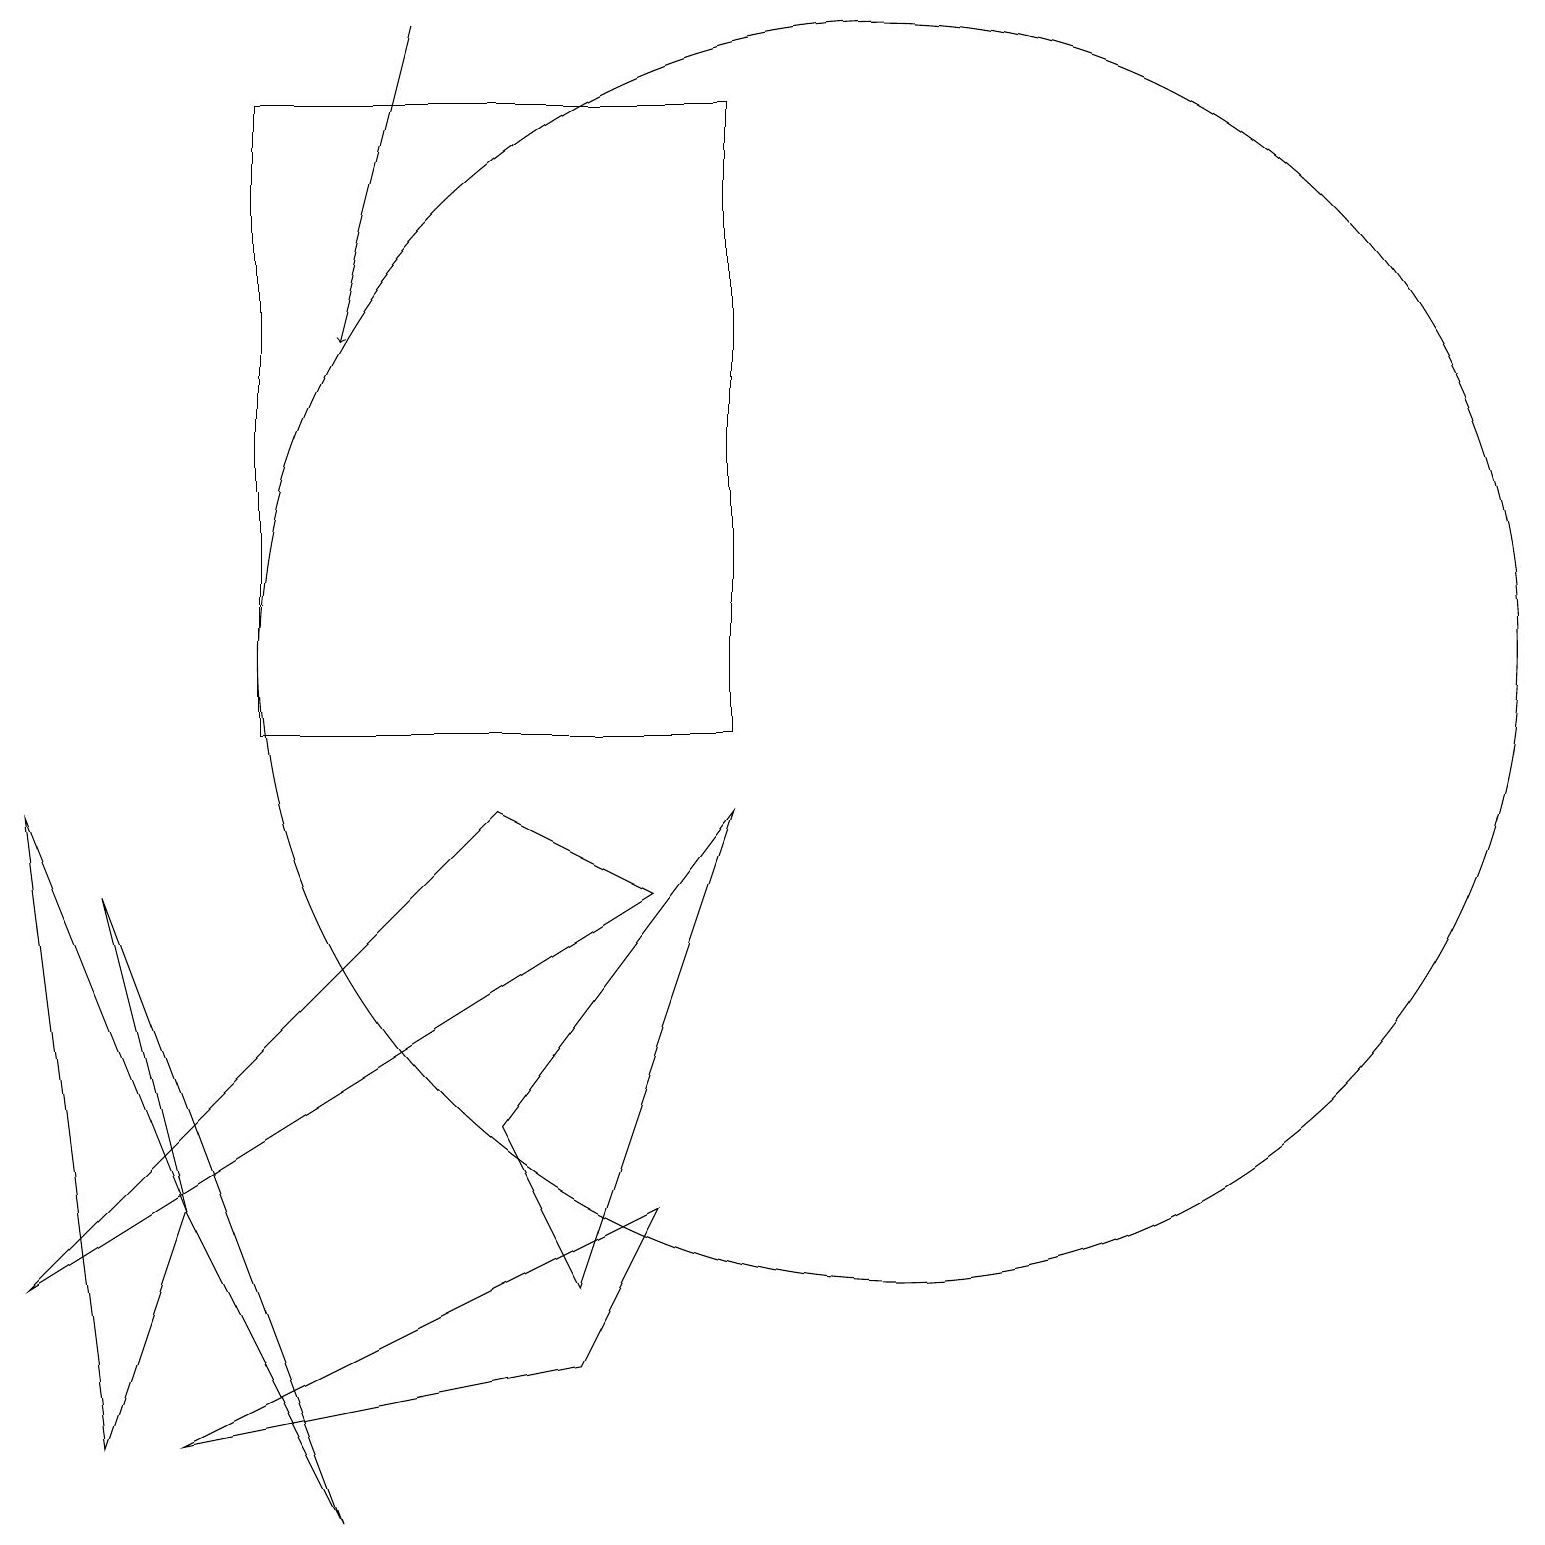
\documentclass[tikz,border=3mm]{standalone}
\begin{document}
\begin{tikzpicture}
\draw (7,3) -- (9,9) -- (6,5) -- cycle;
\draw (2,4) -- (1,1) -- (0,9) -- cycle;
\draw (2,1) -- (8,4) -- (7,2) -- cycle;
\draw (0,3) -- (6,9) -- (8,8) -- cycle;
\draw (2,4) -- (4,0) -- (1,8) -- cycle;
\draw (9,10) rectangle (3,18);
\draw[->] (5,19) -- (4,15);
\draw (11,11) circle (8);
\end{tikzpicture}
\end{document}